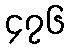
၄၇၆